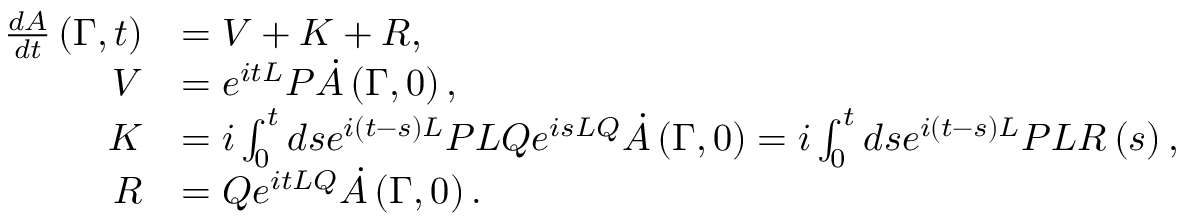
{ \begin{array} { r l } { { \frac { d A } { d t } } \left( \Gamma , t \right) } & { = V + K + R , } \\ { V } & { = e ^ { i t L } P { \dot { A } } \left( \Gamma , 0 \right) , } \\ { K } & { = i \int _ { 0 } ^ { t } d s e ^ { i \left( t - s \right) L } P L Q e ^ { i s L Q } { \dot { A } } \left( \Gamma , 0 \right) = i \int _ { 0 } ^ { t } d s e ^ { i \left( t - s \right) L } P L R \left( s \right) , } \\ { R } & { = Q e ^ { i t L Q } { \dot { A } } \left( \Gamma , 0 \right) . } \end{array} }